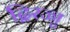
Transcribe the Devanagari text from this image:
द्विरज्जु